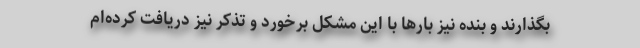
بگذارند و بنده نیز بارها با این مشکل برخورد و تذکر نیز دریافت کرده‌ام